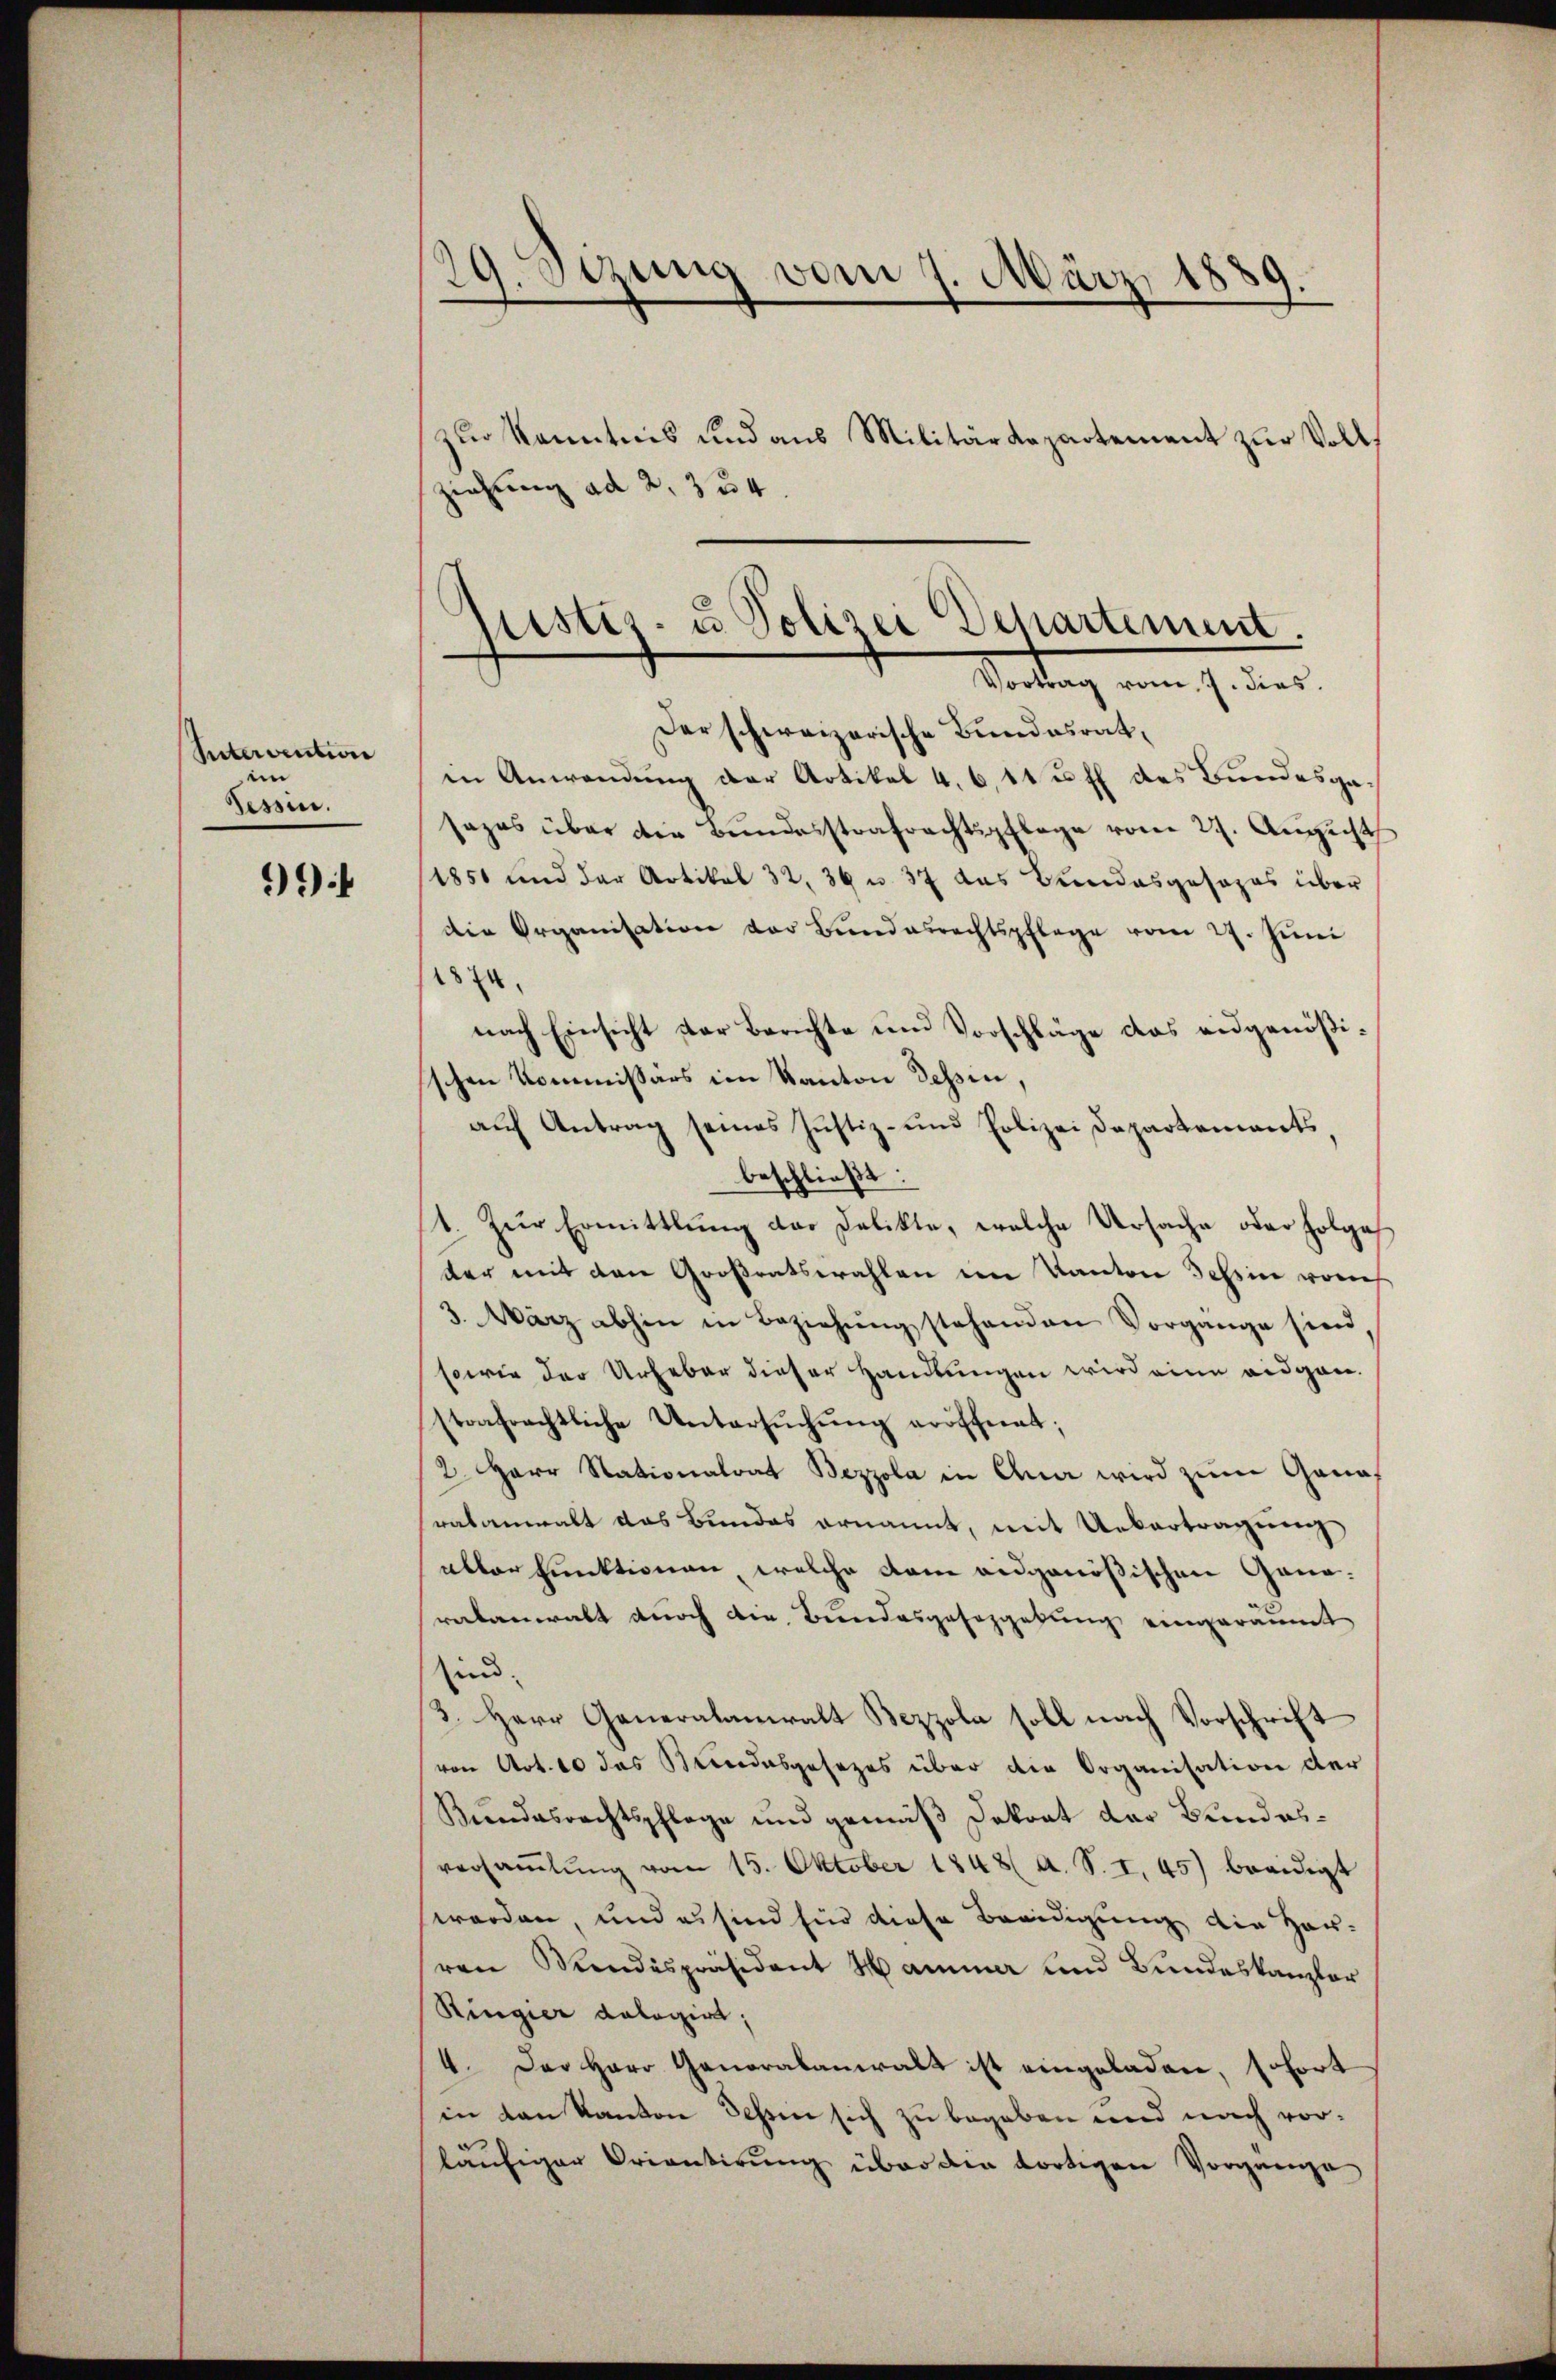
Intervention
ein
Tessin.

99f

zŭr Kenntnis und aus Militärdepartement zŭr Vollziehung ad 2. 334.

29. Sizung vom 7. März 1889.

mistis- u Polizei Departement.
Mittag einen seiner

Der schweizerische Bundesrat,
in Anwendung der Artikel 4. 611 u. fl des Bundesgasazes über die Bundesstrafrechtspflege vom 27. August
1851 und der Artikel 32. 36 u. 37 das Bundesgesezes über
die Organisation der Bundesrechtspflege vom 27. Jŭni
1874.
nach Einsicht der Berichte und Vorschläge das augenößischen Kommissärs im Kanton Tessin,
auf Antrag seines Justiz- und Polizei Departements,
beschließt:
1. Zŭr Ermittlung der Delikte, welche Ursache oder Folge
der mit den Großratswahlen den Kanton Tessin voreh
3. März abhin in Beziehung stehenden Vorgange sind
sowie der Urheber dieser Handlungen wird eine eidgen.
strafrechtliche Untersŭchŭng eröffnet;
2. Herr Nationalrat Bezzola in Ana wird zŭm Ganaf
ratanwalt das Bundes ernannt, mit Uebertragŭng
abler funktionen, welche dem eidgenößischen Ganaratanwalt durch die Bundesgesezgebung eingeräumt
sind.
3. Herr Generalamiralt Bezzola soll nach Vorschrift
von Art. 10 das Bundesgesezes über die Organisation der
Bundesrechtspflege und gemäß Dokrat der Bundesversaṁlŭng vom 15. Oktober 1848 a. S. I. 45) beeidigt
worden, und es sind für diese Beeidigung die Hau-
ren Wundespräsident Hammer und Bundeskanzler
Ringier dologirt,
4. Der Herr Ganoralanwalt ist eingeladen, sofort
in den Kanton dessen sich zu begeben und nach vorläufiger Orientirung über den dortigen Vorgange